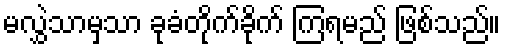
မလွှဲသာမှသာ ခုခံတိုက်ခိုက် ကြရမည် ဖြစ်သည်။